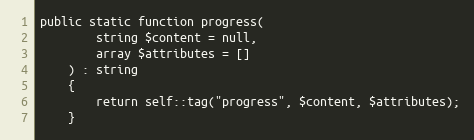
Language: PHP
public static function progress(
        string $content = null,
        array $attributes = []
    ) : string
    {
        return self::tag("progress", $content, $attributes);
    }